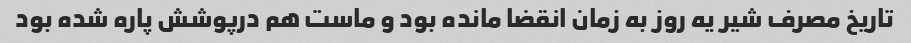
تاریخ مصرف شیر یه روز به زمان انقضا مانده بود و ماست هم درپوشش پاره شده بود